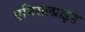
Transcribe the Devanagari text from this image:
एमिसल्प्राइड